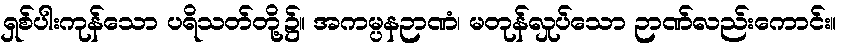
ရှစ်ပါးကုန်သော ပရိသတ်တို့၌။ အကမ္ပနဉာဏံ၊ မတုန်လှုပ်သော ဉာဏ်လည်းကောင်း။